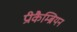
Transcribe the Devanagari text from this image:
प्रीकैम्ब्रियन